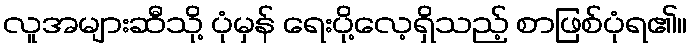
လူအများဆီသို့ ပုံမှန် ရေးပို့လေ့ရှိသည့် စာဖြစ်ပုံရ၏။